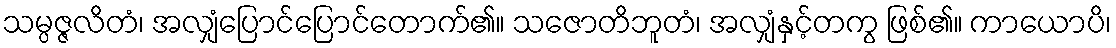
သမ္ပဇ္ဇလိတံ၊ အလျှံပြောင်ပြောင်တောက်၏။ သဇောတိဘူတံ၊ အလျှံနှင့်တကွ ဖြစ်၏။ ကာယောပိ၊